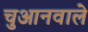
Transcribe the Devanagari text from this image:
चुआनवाले